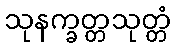
သုနက္ခတ္တသုတ္တံ